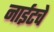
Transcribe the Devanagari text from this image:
नाईटचे